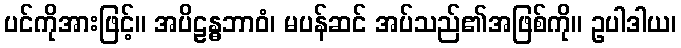
ပင်ကိုအားဖြင့်။ အပိဠန္ဓဘာဝံ၊ မပန်ဆင် အပ်သည်၏အဖြစ်ကို။ ဥပါဒါယ၊